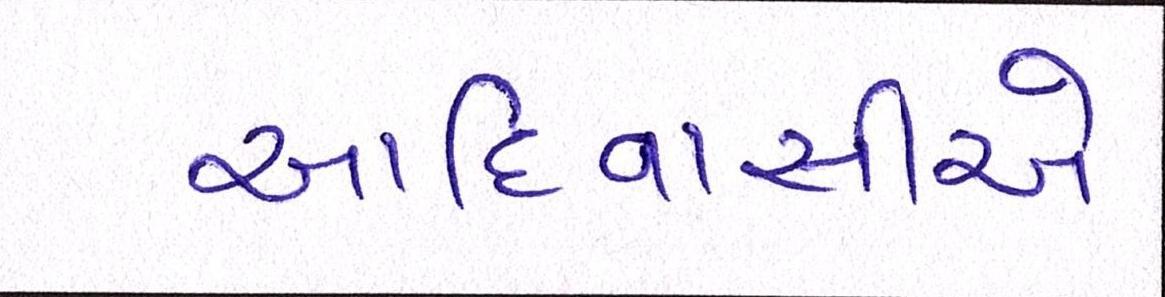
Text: આદિવાસીએ